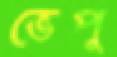
ভেপু